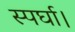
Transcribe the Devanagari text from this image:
स्पर्घा।